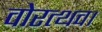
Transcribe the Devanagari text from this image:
वोरत्थव।